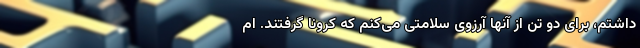
داشتم، برای دو تن از آنها آرزوی سلامتی می‌کنم که کرونا گرفتند. ام